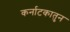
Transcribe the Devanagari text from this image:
कर्नाटकातुन